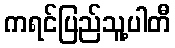
ကရင်ပြည်သူ့ပါတီ